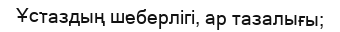
Ұстаздың шеберлігі, ар тазалығы;